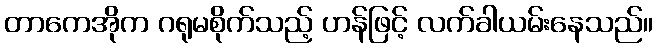
တာကေအိုက ဂရုမစိုက်သည့် ဟန်ဖြင့် လက်ခါယမ်းနေသည်။